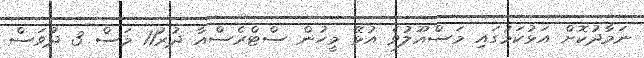
ނަމާދުކޮށް އަޅުކަމުގައި މަސްއޫލުވެ އުޅޭ މީހުން ސްޓްރެސްއާ ދުރު11 މަސް 3 ދުވަސް